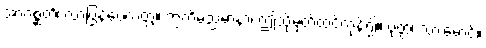
အာဂစ္ဆတိ၊ လာပြန်ပေလတ္တံ့။ ဣတိမညမာနာ၊ ဤသို့မှတ်ထင်ကုန်၍။ ပုတ္တ၊ သားမောင်။